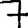
Digit: 7